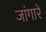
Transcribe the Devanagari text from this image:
जांगारे